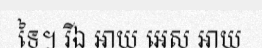
ទៃ។ រីឯ អាយ អេស អាយ